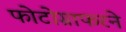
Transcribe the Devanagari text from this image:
फोटोग्राफरने